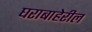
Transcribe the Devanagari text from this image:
घराबाहेरील